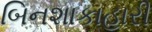
બિનશાકાહારી